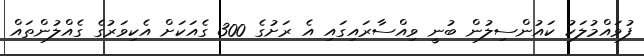
ފުވައްމުލަކު ކައުންސިލުން ބުނީ ވިއްސާރައިގައި އެ ރަށުގެ 300 ގެއަކަށް އެކިވަރުގެ ގެއްލުންތައް